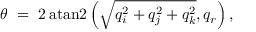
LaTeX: \theta \ = \ 2 \operatorname { a t a n 2 } \left( { \sqrt { q _ { i } ^ { 2 } + q _ { j } ^ { 2 } + q _ { k } ^ { 2 } } } , q _ { r } \right) ,